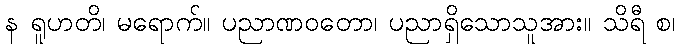
န ရူဟတိ၊ မရောက်။ ပညာဏဝတော၊ ပညာရှိသောသူအား။ သိရီ စ၊